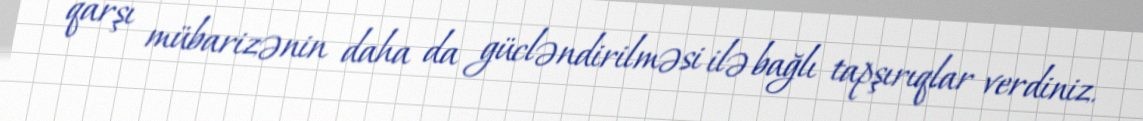
qarşı mübarizənin daha da gücləndirilməsi ilə bağlı tapşırıqlar verdiniz.